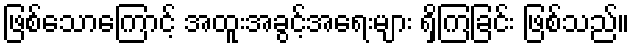
ဖြစ်သောကြောင့် အထူးအခွင့်အရေးများ ရှိကြခြင်း ဖြစ်သည်။